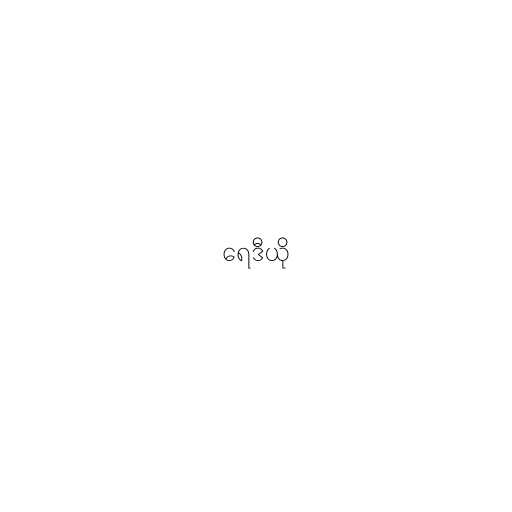
ရေဒီယို